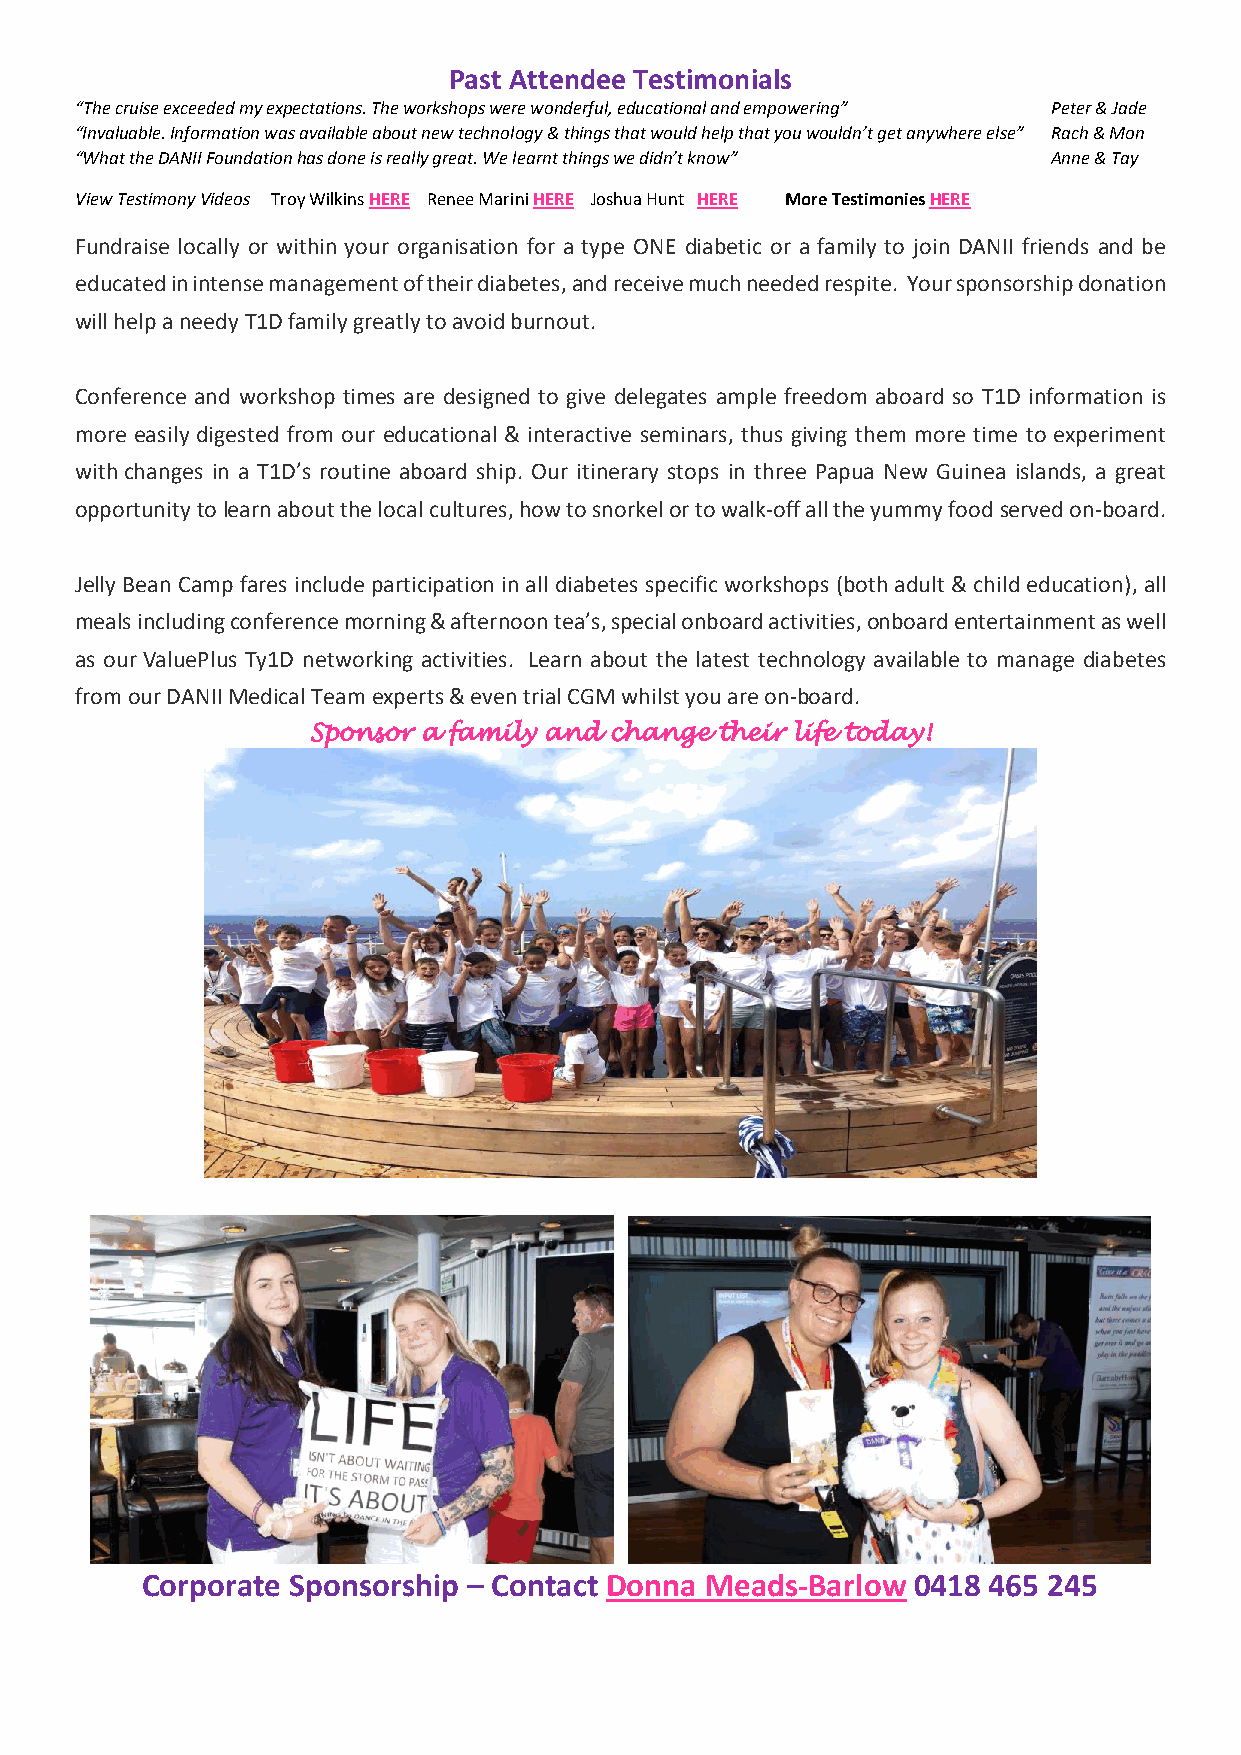
Past Attendee Testimonials
 “The cruise exceeded my expectations. The workshops were wonderful, educational and empowering” Peter & Jade
 “Invaluable. Information was available about new technology & things that would help that you wouldn’t get anywhere else” Rach & Mon
 “What the DANII Foundation has done is really great. We learnt things we didn’t know” Anne & Tay
 View Testimony Videos Troy Wilkins HERE Renee Marini HERE Joshua Hunt HERE More Testimonies HERE
 Fundraise locally or within your organisation for a type ONE diabetic or a family to join DANII friends and be
 educated in intense management of their diabetes, and receive much needed respite. Your sponsorship donation
 will help a needy T1D family greatly to avoid burnout.
 Conference and workshop times are designed to give delegates ample freedom aboard so T1D information is
 more easily digested from our educational & interactive seminars, thus giving them more time to experiment
 with changes in a T1D’s routine aboard ship. Our itinerary stops in three Papua New Guinea islands, a great
 opportunity to learn about the local cultures, how to snorkel or to walk-off all the yummy food served on-board.
 Jelly Bean Camp fares include participation in all diabetes specific workshops (both adult & child education), all
 meals including conference morning & afternoon tea’s, special onboard activities, onboard entertainment as well
 as our ValuePlus Ty1D networking activities. Learn about the latest technology available to manage diabetes
 from our DANII Medical Team experts & even trial CGM whilst you are on-board.
 Sponsor a family and change their life today!
 Corporate Sponsorship – Contact Donna Meads-Barlow 0418 465 245